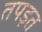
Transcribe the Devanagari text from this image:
तपड़त